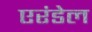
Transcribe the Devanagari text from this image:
एरंडेल